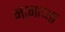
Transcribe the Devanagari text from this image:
मागाच्या